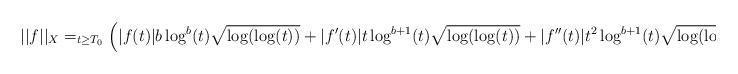
LaTeX: \begin{align*}||f||_{X} = _{t \geq T_{0}} \left(|f(t)| b \log^{b}(t) \sqrt{\log(\log(t))} + |f'(t)| t \log^{b+1}(t) \sqrt{\log(\log(t))} +|f''(t)| t^{2} \log^{b+1}(t) \sqrt{\log(\log(t))}\right)\end{align*}